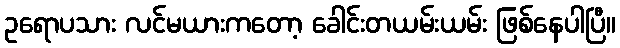
ဥရောပသား လင်မယားကတော့ ခေါင်းတယမ်းယမ်း ဖြစ်နေပါပြီ။